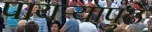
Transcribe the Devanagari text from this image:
पायऱ्यापुढे